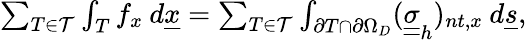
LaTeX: \begin{array}{r}{\sum_{T\in\mathcal{T}}\int_{T}f_{x}\: d\underline{{x}}=\sum_{T\in\mathcal{T}}\int_{\partial T\cap\partial\Omega_{D}}(\underline{{\underline{{\sigma}}}}_{h})_{nt,x}\: d\underline{{s}},}\end{array}